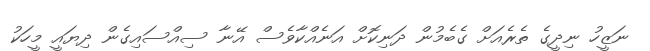
ނަޒީހު ނިދީގެ ތެރެއަށް ގެބެމުން ދަނިކޮށް އަނެއްކާވެސް އޭނާ ސިއްސައިގެން ދިޔައީ މީހަކު